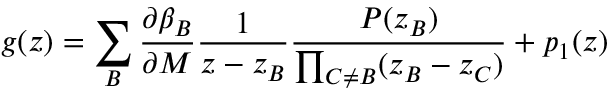
g ( z ) = \sum _ { B } \frac { \partial \beta _ { B } } { \partial M } \frac { 1 } { z - z _ { B } } \frac { { \cal P } ( z _ { B } ) } { \prod _ { C \neq B } ( z _ { B } - z _ { C } ) } + p _ { 1 } ( z )